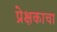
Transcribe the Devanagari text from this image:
प्रेक्षकाचा